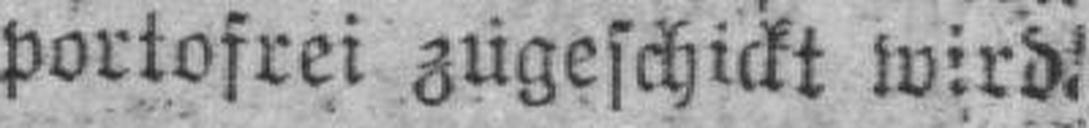
portofrei zugeschickt wird